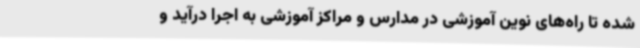
شده تا راه‌های نوین آموزشی در مدارس و مراکز آموزشی به اجرا درآید و